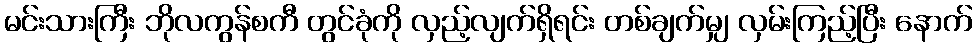
မင်းသားကြီး ဘိုလကွန်စကီ တွင်ခုံကို လှည့်လျက်ရှိရင်း တစ်ချက်မျှ လှမ်းကြည့်ပြီး နောက်